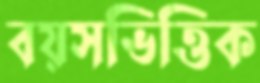
বয়সভিত্তিক